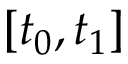
[ t _ { 0 } , t _ { 1 } ]